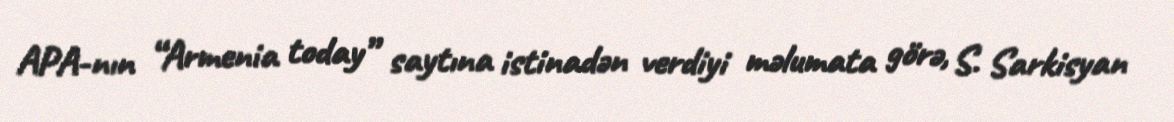
APA-nın “Armenia today” saytına istinadən verdiyi məlumata görə, S. Sarkisyan